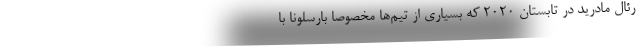
رئال مادرید در تابستان 2020 که بسیاری از تیم‌ها مخصوصاً بارسلونا با